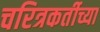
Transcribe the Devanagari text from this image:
चरित्रकर्तीच्या